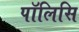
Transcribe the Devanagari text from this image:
पॉलिसि